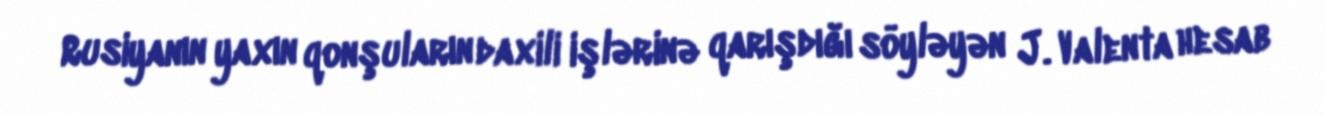
Rusiyanın yaxın qonşuların daxili işlərinə qarışdığı söyləyən J. Valenta hesab